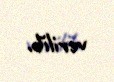
verilib.